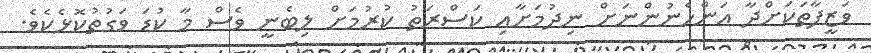
ވަޒީފާތަކަށްދާ އަންހެނުންނަށް ނިދުމަށާއި ކަސްރަތު ކުރުމަށް ލިބެނީ ވެސް މާ ކުޑަ ވަގުތުކޮޅެކެވެ.